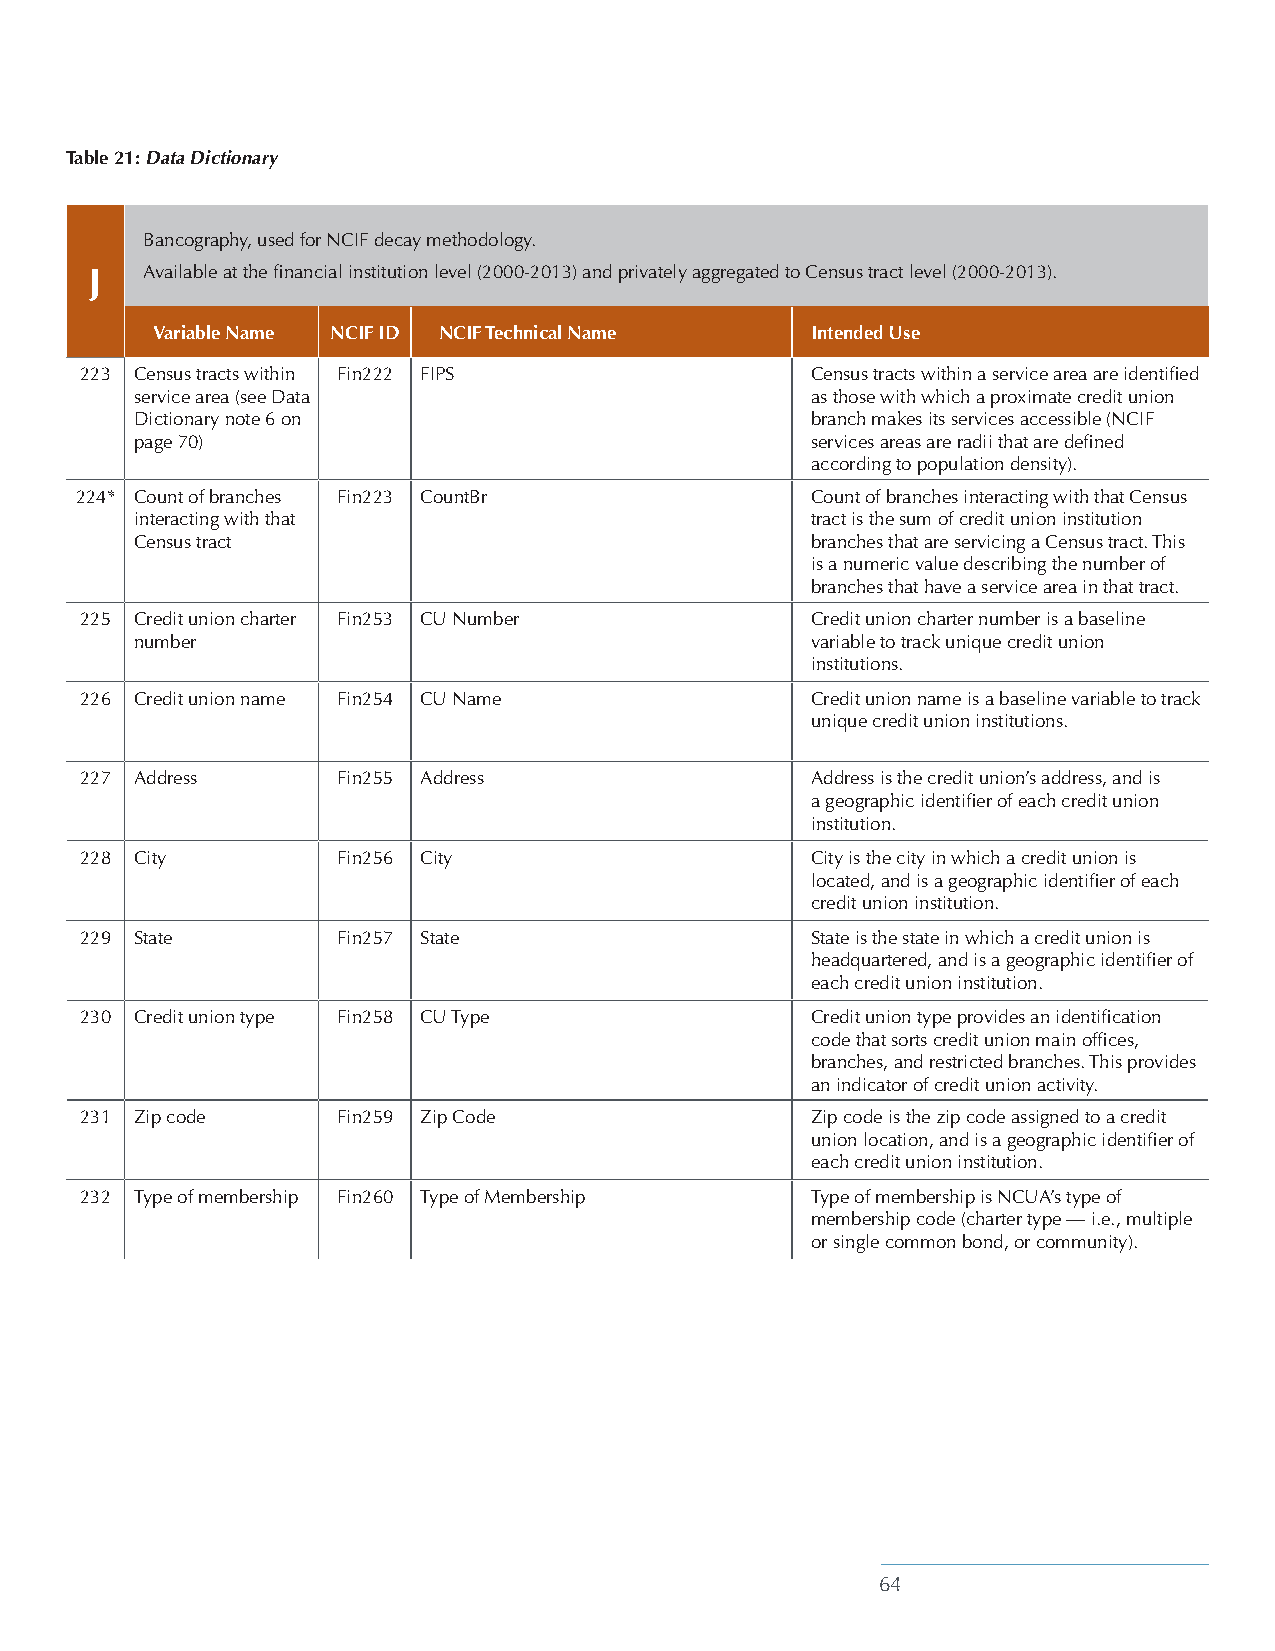
Table 21: Data Dictionary
 Bancography, used for NCIF decay methodology.
 J  Available at the financial institution level (2000-2013) and privately aggregated to Census tract level (2000-2013).
 Variable Name NCIF ID NCIF Technical Name   Intended Use
 223 Census tracts within Fin222 FIPS             Census tracts within a service area are identified
 service area (see Data                       as those with which a proximate credit union
 Dictionary note 6 on                         branch makes its services accessible (NCIF
 page 70)                                     services areas are radii that are defined
 according to population density).
 224* Count of branches Fin223 CountBr            Count of branches interacting with that Census
 interacting with that                        tract is the sum of credit union institution
 Census tract                                 branches that are servicing a Census tract. This
 is a numeric value describing the number of
 branches that have a service area in that tract.
 225 Credit union charter Fin253 CU Number        Credit union charter number is a baseline
 number                                       variable to track unique credit union
 institutions.
 226 Credit union name Fin254 CU Name             Credit union name is a baseline variable to track
 unique credit union institutions.
 227 Address      Fin255 Address                  Address is the credit union’s address, and is
 a geographic identifier of each credit union
 institution.
 228 City         Fin256 City                     City is the city in which a credit union is
 located, and is a geographic identifier of each
 credit union institution.
 229 State        Fin257 State                    State is the state in which a credit union is
 headquartered, and is a geographic identifier of
 each credit union institution.
 230 Credit union type Fin258 CU Type             Credit union type provides an identification
 code that sorts credit union main offices,
 branches, and restricted branches. This provides
 an indicator of credit union activity.
 231 Zip code     Fin259 Zip Code                 Zip code is the zip code assigned to a credit
 union location, and is a geographic identifier of
 each credit union institution.
 232 Type of membership Fin260 Type of Membership Type of membership is NCUA’s type of
 membership code (charter type — i.e., multiple
 or single common bond, or community).
 64